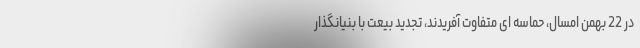
در 22 بهمن امسال، حماسه ای متفاوت آفریدند، تجدید بیعت با بنیانگذار